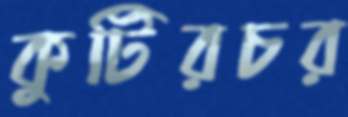
কুটিরচর